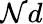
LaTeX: \mathcal{N}d